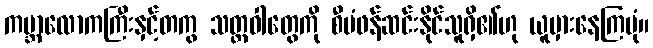
ကမ္ဘာလောကကြီးနှင့်တကွ သတ္တဝါတွေကို စီမံဖန်ဆင်းနိုင်သူရှိ၏ဟု ယူမှားနေကြပုံ။